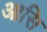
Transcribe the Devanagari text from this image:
आसि